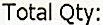
TOTAL QTY: